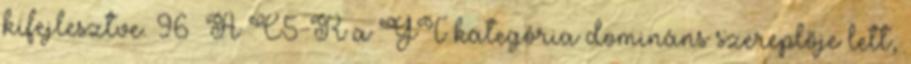
kifejlesztve. 96 A C5-R a GT kategória domináns szereplője lett,